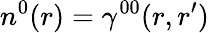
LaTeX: n^{0}(r)=\gamma^{00}(r,r^{\prime})